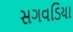
સગવડિયા